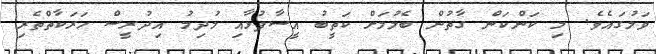
ވަލުގައެވެ. މި ކަންކަން ގާތުން ބެލުމަށް ކަތީބު އީސާފުޅާއި މުދިމު އިދުރީސް ހަރަކާތްތެރި